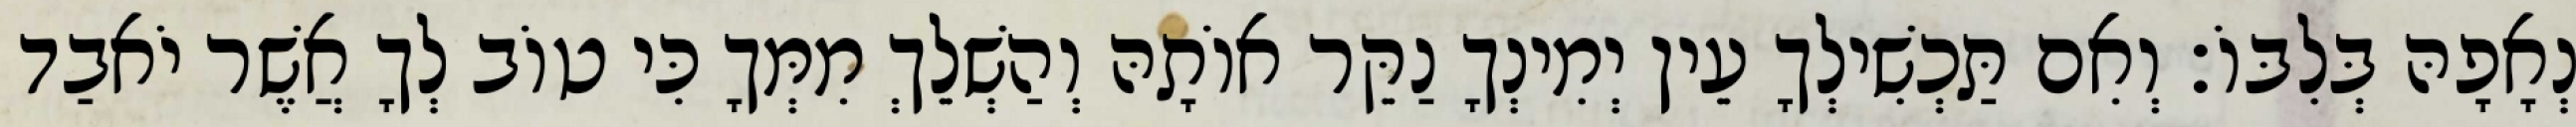
נְאָפָהּ בְּלִבּוֹ׃ וְאִם תַּכְשִׁילְךָ עֵין יְמִינְךָ נַקֵּר אוֹתָהּ וְהַשְׁלֵךְ מִמְּךָ כִּי טוֹב לְךָ אֲשֶׁר יֹאבַד